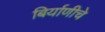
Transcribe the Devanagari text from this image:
बिर्याणीचे